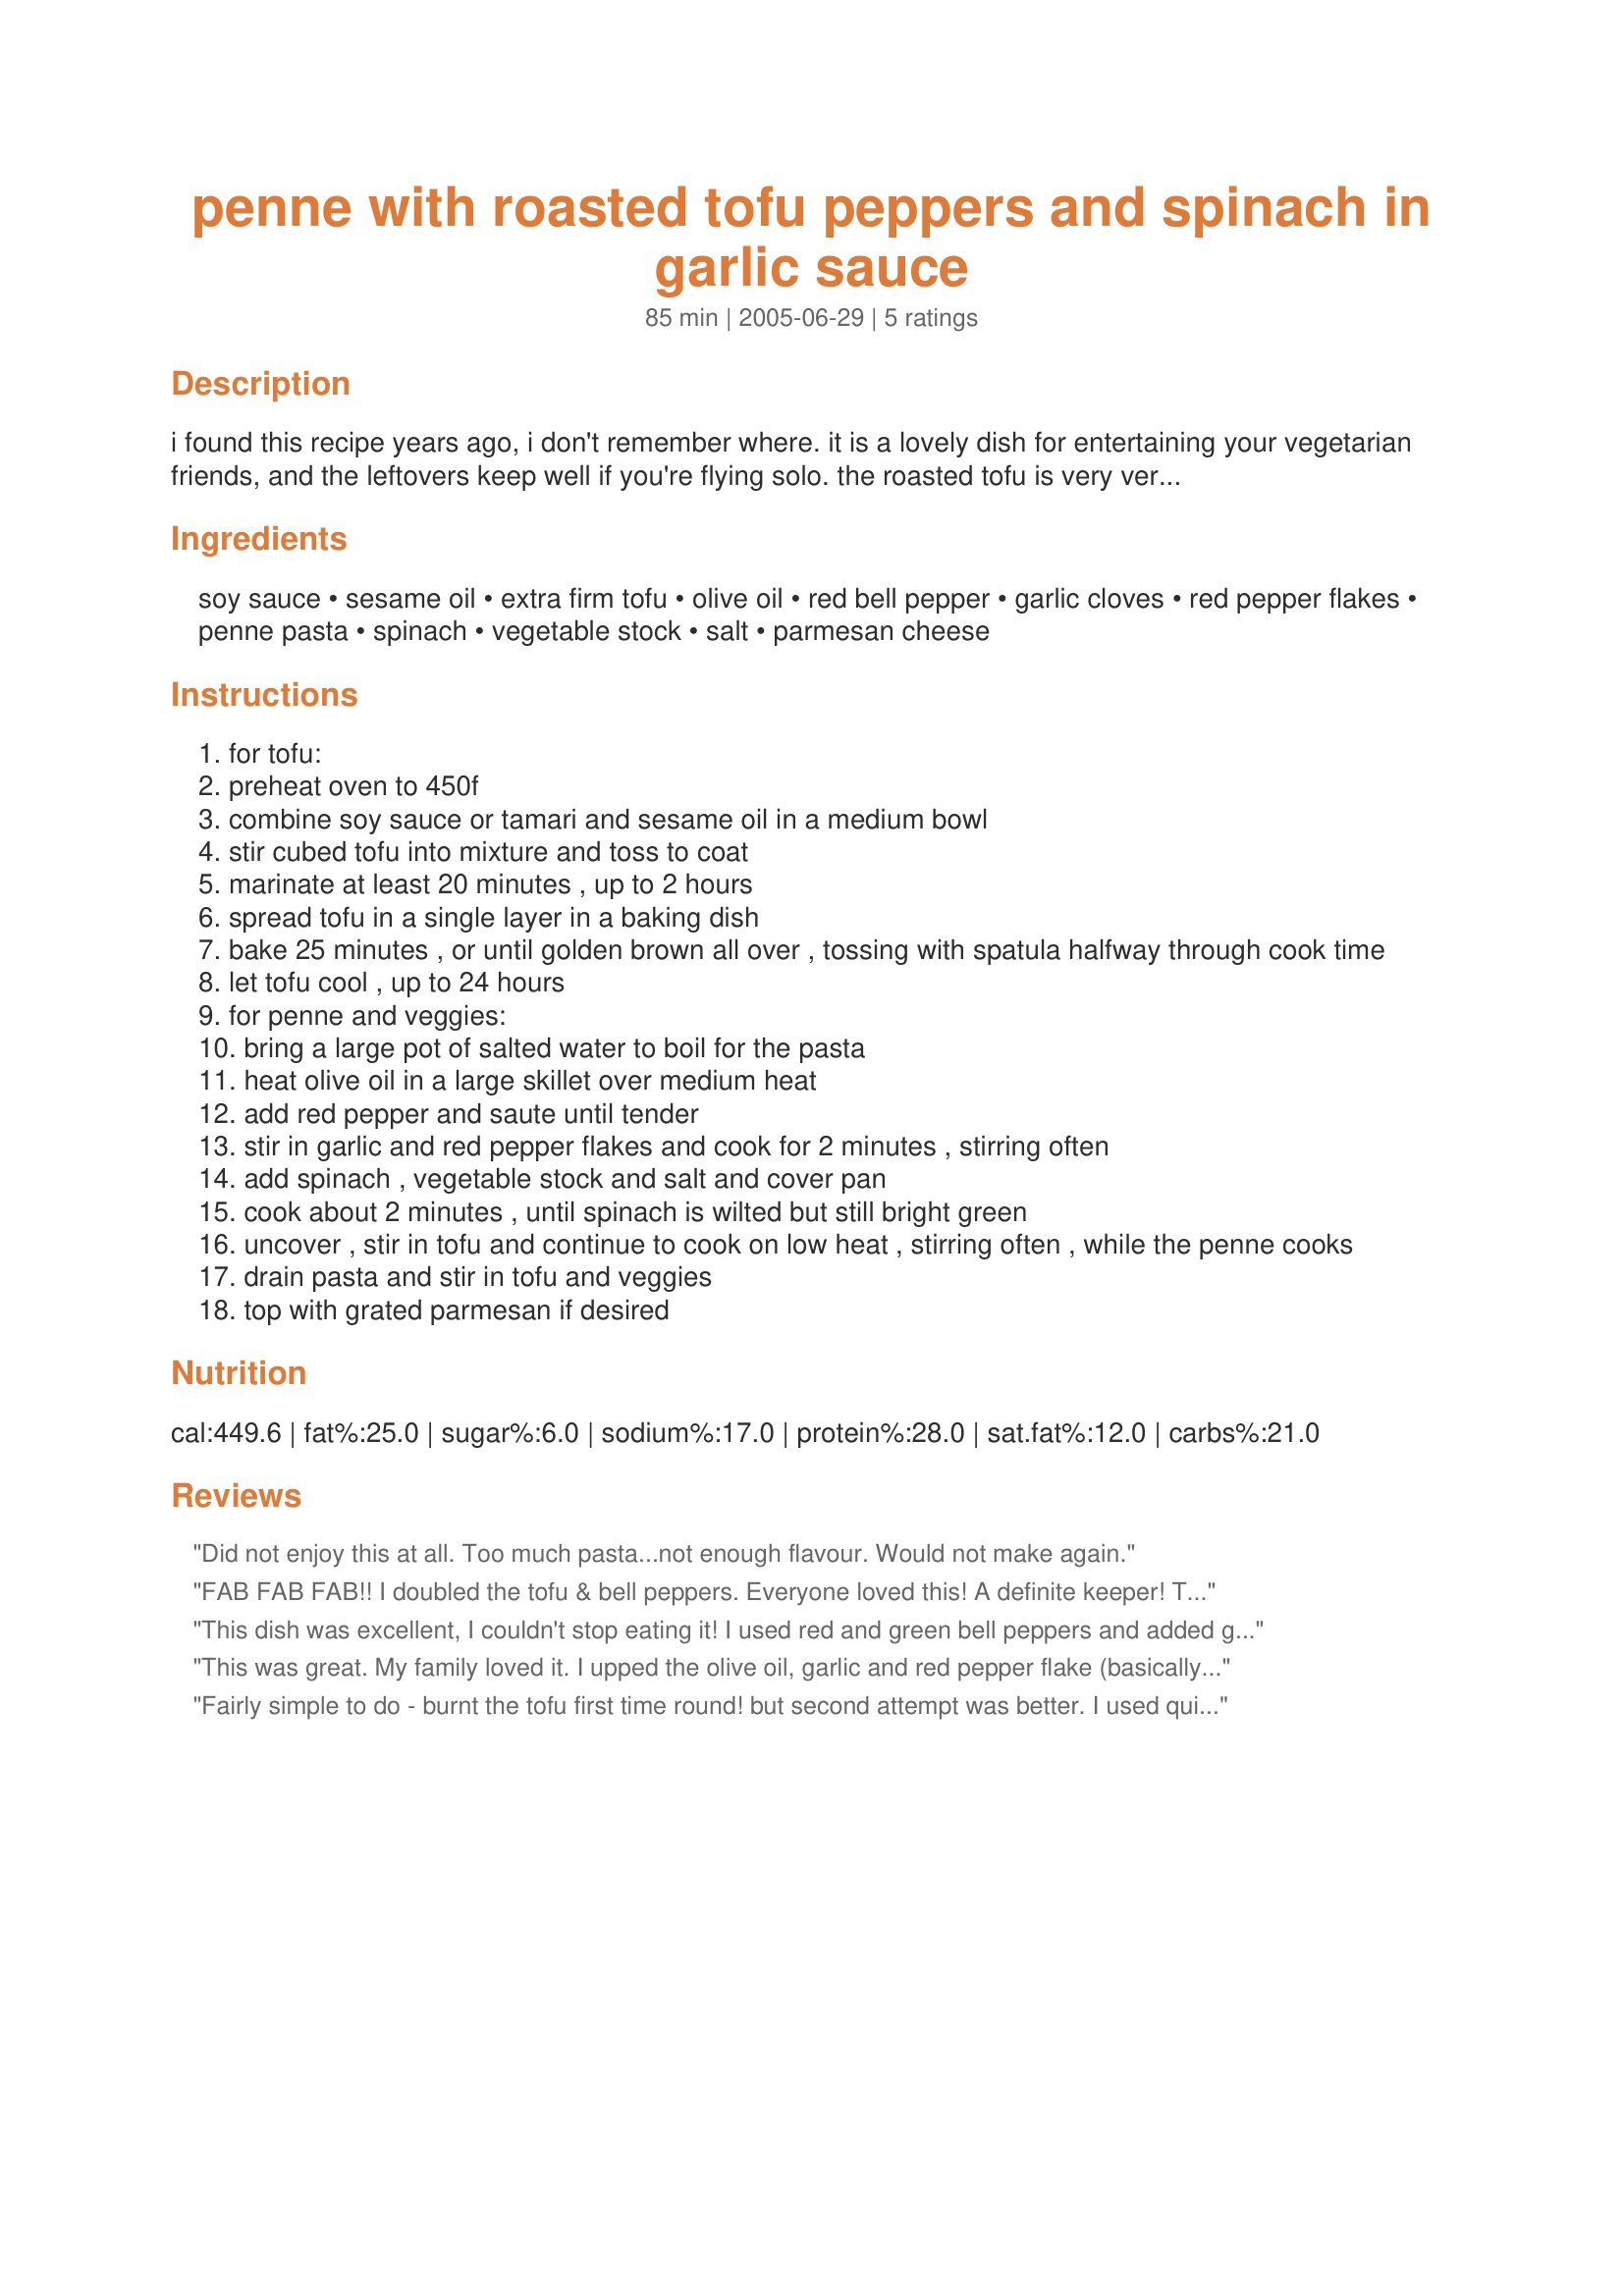
penne with roasted tofu peppers and spinach in garlic sauce
Preparation time: 85 minutes

i found this recipe years ago, i don't remember where. it is a lovely dish for entertaining your vegetarian friends, and the leftovers keep well if you're flying solo. the roasted tofu is very versatile and also works well in salads, stir-fries, and many other dishes. cook time is estimated and reflects the minimum marinating and cooling times for the tofu. this dish is vegan if you omit the parmesan cheese.

Ingredients:
soy sauce, sesame oil, extra firm tofu, olive oil, red bell pepper, garlic cloves, red pepper flakes, penne pasta, spinach, vegetable stock, salt, parmesan cheese

Steps:
for tofu:
preheat oven to 450f
combine soy sauce or tamari and sesame oil in a medium bowl
stir cubed tofu into mixture and toss to coat
marinate at least 20 minutes , up to 2 hours
spread tofu in a single layer in a baking dish
bake 25 minutes , or until golden brown all over , tossing with spatula halfway through cook time
let tofu cool , up to 24 hours
for penne and veggies:
bring a large pot of salted water to boil for the pasta
heat olive oil in a large skillet over medium heat
add red pepper and saute until tender
stir in garlic and red pepper flakes and cook for 2 minutes , stirring often
add spinach , vegetable stock and salt and cover pan
cook about 2 minutes , until spinach is wilted but still bright green
uncover , stir in tofu and continue to cook on low heat , stirring often , while the penne cooks
drain pasta and stir in tofu and veggies
top with grated parmesan if desired

Reviews:
Did not enjoy this at all. Too much pasta...not enough flavour. Would not make again.
FAB FAB FAB!! I doubled the tofu & bell peppers. Everyone loved this! A definite keeper! THanks, Chiclet!
This dish was excellent, I couldn't stop eating it! I used red and green bell peppers and added garlic and onion powder to the mix. Turned out fabulous! A new favorite for this household! I will make it often. Thanks so much for posting and sharing!
This was great. My family loved it. I upped the olive oil, garlic and red pepper flake (basically like making spaghetti garlic & oil) and didn't 'stem' the spinach. This is a keeper.
Fairly simple to do - burnt the tofu first time round! but second attempt was better.

I used quite a bit of cheese - and had to use tinned spinach due to a lack of fresh spinach - but seemed to work ok!

Thanks
